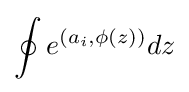
\oint e^{(a_{i},\phi (z))}dz